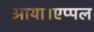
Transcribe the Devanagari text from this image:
आया।एप्पल